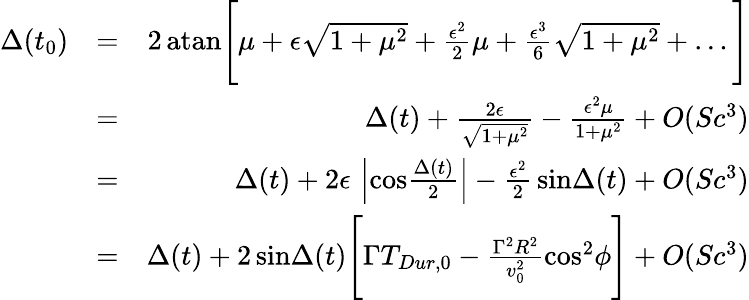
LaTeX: \begin{array}{rlr}{\Delta(t_{0})}&{=}&{2\, \mathrm{atan}\Bigg[\mu+\epsilon\sqrt{1+\mu^{2}}+{\frac{\epsilon^{2}}{2}}\mu+{\frac{\epsilon^{3}}{6}}\sqrt{1+\mu^{2}}+\ldots\Bigg]}\\ &{=}&{\Delta(t)+{\frac{2\epsilon}{\sqrt{1+\mu^{2}}}}-{\frac{\epsilon^{2}\mu}{1+\mu^{2}}}+O(Sc^{3})}\\ &{=}&{\Delta(t)+2\epsilon\, \left|\mathrm{cos}{\frac{\Delta(t)}{2}}\right|-{\frac{\epsilon^{2}}{2}}\, \mathrm{sin}\Delta(t)+O(Sc^{3})}\\ &{=}&{\Delta(t)+2\, \mathrm{sin}\Delta(t)\Bigg[\Gamma T_{Dur,0}-{\frac{\Gamma^{2}R^{2}}{v_{0}^{2}}}\mathrm{cos}^{2}\phi\Bigg]+O(Sc^{3})}\end{array}